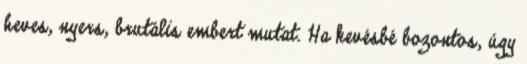
heves, nyers, brutális embert mutat. Ha kevésbé bozontos, úgy